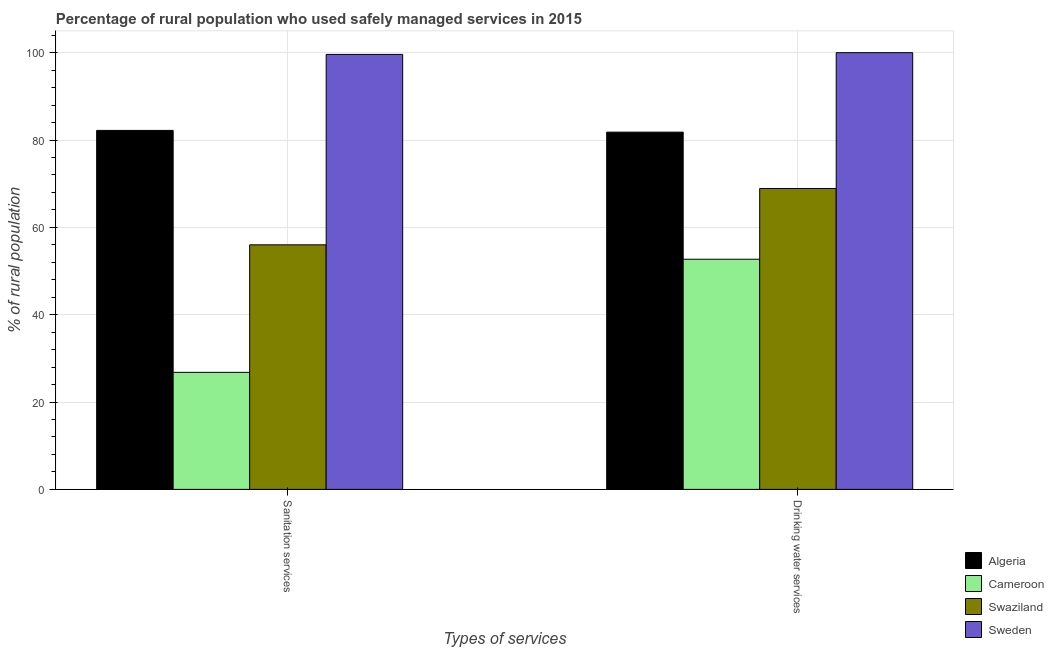
| Types of services | Algeria | Cameroon | Swaziland | Sweden |
 | --- | --- | --- | --- | --- |
 | Sanitation services | 82.2 | 26.8 | 56 | 99.6 |
 | Drinking water services | 81.8 | 52.7 | 68.9 | 100 |